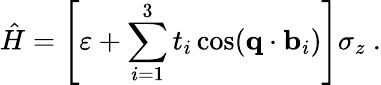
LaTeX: \hat{H}=\left[\varepsilon+\sum_{i=1}^{3}t_{i}\cos(\textbf{q}\cdot\textbf{b}_{i})\right]\sigma_{z}~.